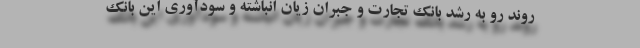
روند رو به رشد بانک تجارت و جبران زیان انباشته و سودآوری این بانک